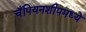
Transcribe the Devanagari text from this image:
चँपियनशीपमध्ये